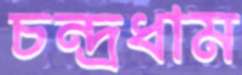
চন্দ্রধাম